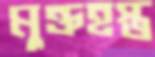
মুক্তহস্ত